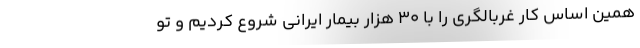
همین اساس کار غربالگری را با ۳۰ هزار بیمار ایرانی شروع کردیم و تو